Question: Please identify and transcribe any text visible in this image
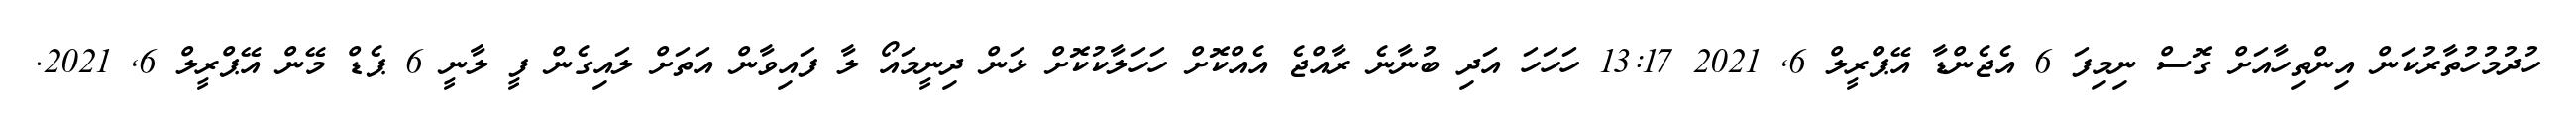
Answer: ހުދުމުހުތާރުކަން އިންތިހާއަށް ގޮސް ނިމިފަ 6 އެޖެންޑާ އޭޕްރީލް 6, 2021 13:17 ހަހަހަ އަދި ބުނާނެ ރާއްޖެ އެއްކޮށް ހަހަލާކުކޮށް ޅަން ދިނީމައޯ ލާ ފައިވާން އަތަށް ލައިގެން ފީ ލާނީ 6 ޕެޑް މޭން އޭޕްރީލް 6, 2021.